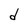
Character: d